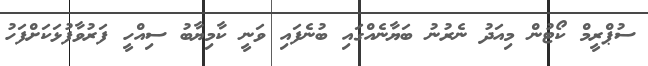
ސުޕްރީމް ކޯޓުން މިއަދު ނެރުނު ބަޔާނެއްގައި ބުނެފައި ވަނީ ކާމިޔާބު ސިއްހީ ފަރުވާފުޅަކަށްފަހު